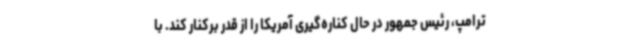
ترامپ، رئیس جمهور در حال کناره‌گیری آمریکا را از قدر برکنار کند. با